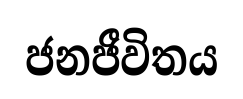
ජනජීවිතය